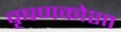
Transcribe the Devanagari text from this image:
वृषणकोशा